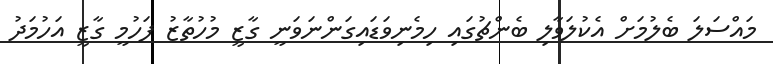
މައްސަލަ ބެލުމަށް އެކުލަވާލި ބެންޗުގައި ހިމެނިވަޑައިގަންނަވަނީ ގާޒީ މުހުތާޒު ފަހުމީ ގާޒީ އަހުމަދު